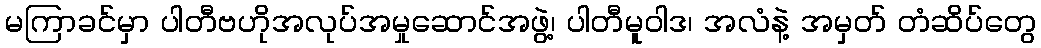
မကြာခင်မှာ ပါတီဗဟိုအလုပ်အမှုဆောင်အဖွဲ့၊ ပါတီမူဝါဒ၊ အလံနဲ့ အမှတ် တံဆိပ်တွေ